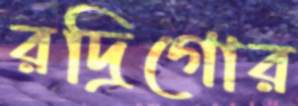
রদ্রিগোর